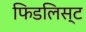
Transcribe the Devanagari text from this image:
फिडलिस्ट